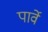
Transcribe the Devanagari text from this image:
पार्वे